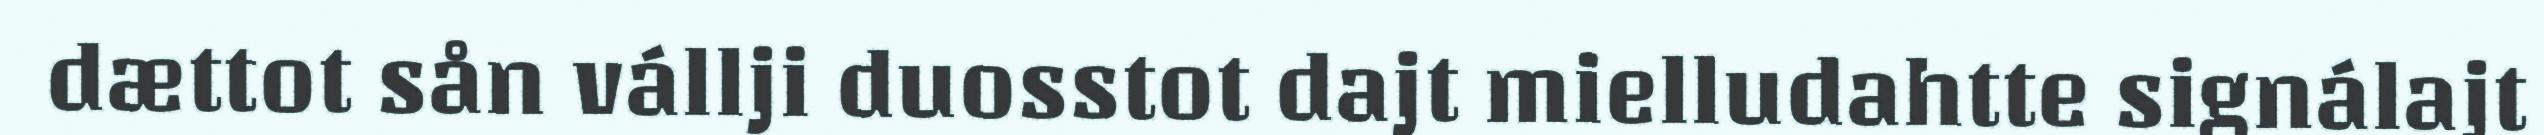
dættot sån vállji duosstot dajt mielludahtte signálajt